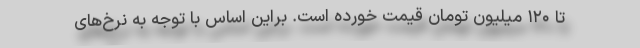
‌تا ۱۲۰ میلیون تومان قیمت خورده است. براین اساس با توجه به نرخ‌های